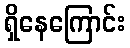
ရှိနေကြောင်း